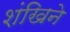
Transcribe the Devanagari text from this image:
शंखिने